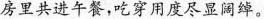
房里共进午餐，吃穿用度尽显阔绰。